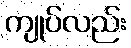
ကျုပ်လည်း